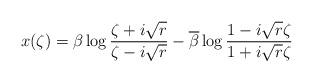
LaTeX: \begin{align*} x(\zeta) = \beta \log{\frac{ \zeta + i \sqrt{r}}{\zeta - i \sqrt{r}}} - \overline{\beta} \log{ \frac{ 1 - i \sqrt{r} \zeta}{1 + i \sqrt{r} \zeta}} \end{align*}